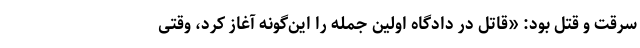
سرقت و قتل بود: «قاتل در دادگاه اولین جمله را این‌گونه آغاز کرد، وقتی